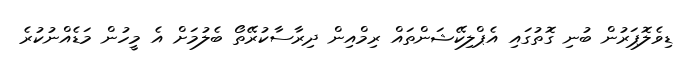
ޑިވެލޮޕަރުން ބުނި ގޮތުގައި އެޕްލިކޭޝަންތައް ރިމްއިން ދިރާސާކުރޭތޯ ބެލުމަށް އެ މީހުން މަޑެއްނުކުރެ